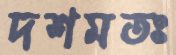
দশমতঃ